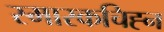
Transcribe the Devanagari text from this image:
स्मारकचिह्न